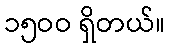
၁၅ဝဝ ရှိတယ်။